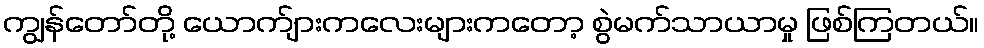
ကျွန်တော်တို့ ယောက်ျားကလေးများကတော့ စွဲမက်သာယာမှု ဖြစ်ကြတယ်။